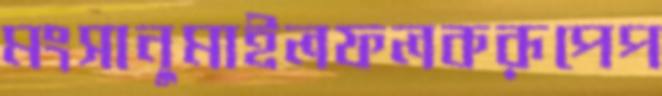
মংসানুমাইলফলকরূপেপ